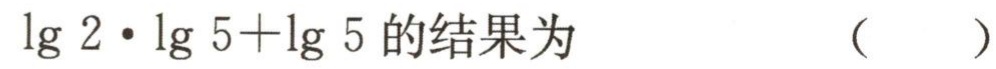
\(\lg 2\cdot\lg 5+\lg 5\)的结果为 （  ）